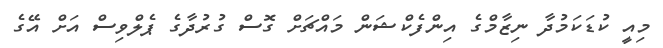
މިއީ ކުޑަކަމުދާ ނިޒާމްގެ އިންފެކްޝަން މައްޗަށް ގޮސް ގުރުދާގެ ޕެލްވިސް އަށް އޭގެ